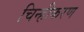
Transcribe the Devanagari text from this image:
चिन्हीकरण